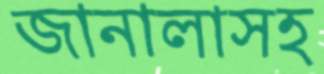
জানালাসহ